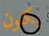
يكون